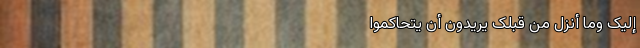
إِلَیْکَ وَمَا أُنْزِلَ مِنْ قَبْلِکَ یُرِیدُونَ أَنْ یَتَحَاکَمُوا